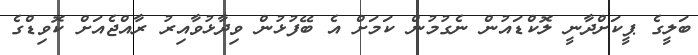
ބަލީގެ ޕީކަށްދާނީ ލޮކްޑައުން ނެގުމުން ކަމަށް އެ ބޭފުޅުން ވިދާޅުވާއިރު ރާއްޖެއަށް ކޮވިޑްގެ